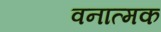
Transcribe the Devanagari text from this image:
वनात्मक